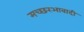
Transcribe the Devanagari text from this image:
मच्छरआबादी